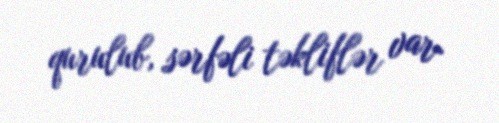
qurulub, sərfəli təkliflər var.